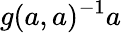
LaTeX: g(a,a)^{-1}a